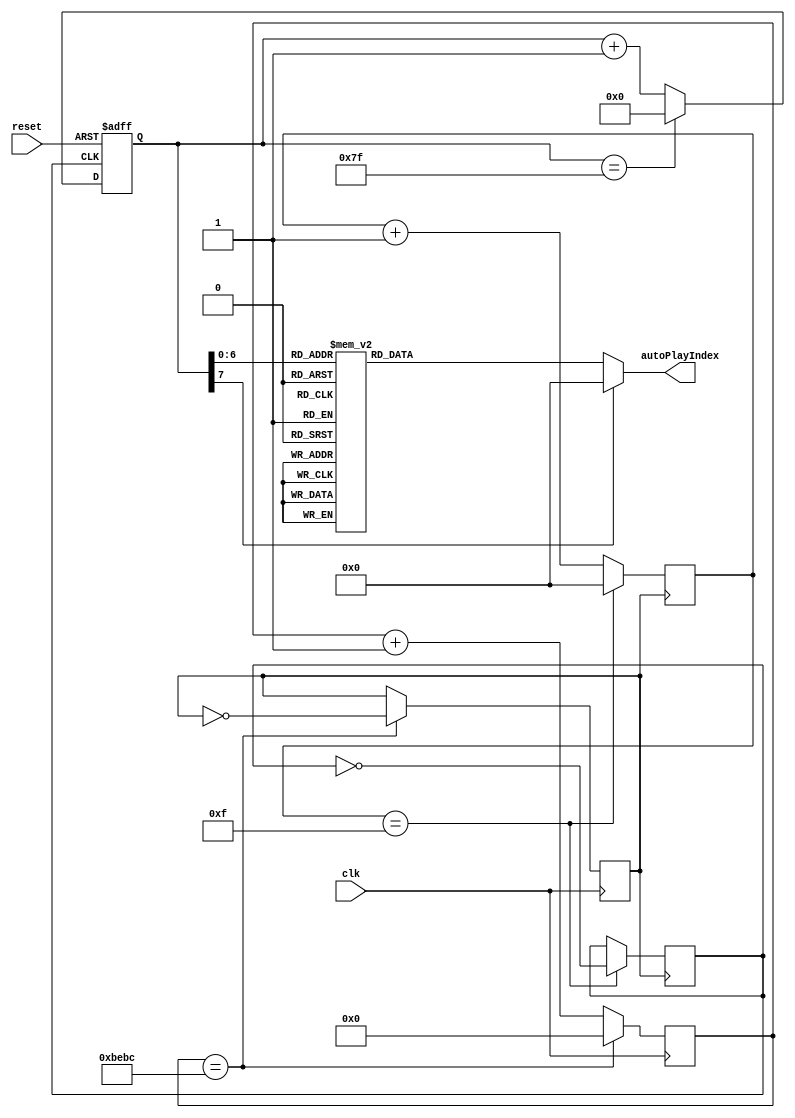
module autoPlay(reset, clk, autoPlayIndex);
input reset, clk; //50MHz
output reg [4:0] autoPlayIndex;

reg jiepai,clk1;
reg [4:0] j = 0;
reg [16:0] clkCount=0;
reg [7:0] count;

always @(posedge clk)begin
	if (clkCount == 48828)begin // 50MHz / 48828 = 1024
		clkCount = 0;
		clk1 = !clk1; //1024 / 2 = 512
		end
		else
			clkCount = clkCount + 1;
end

always @(posedge clk1)begin
	if (j == 15)begin // 512/ 16 = 32
	j <= 0;
	jiepai <= !jiepai; // 32/2 = 16
	end 
	else
		j <= j+1;
end

always @(posedge jiepai, negedge reset)begin
	if (!reset)
		count <= 0;
	else
	if (jiepai)
		if (count==127 )
			count<=0;
		else
			count<=count+1;
end

always @(count)begin // Canon
	case (count)
		0 : autoPlayIndex<=5'b11101; //55
		1 : autoPlayIndex<=5'b11101; //55
		2 : autoPlayIndex<=5'b11101; //55
		3 : autoPlayIndex<=5'b11101; //55
		4 : autoPlayIndex<=5'b11101; //55
		5 : autoPlayIndex<=5'b11101; //55
		6 : autoPlayIndex<=5'b11101; //55
		7 : autoPlayIndex<=5'b00000; //0
		8 : autoPlayIndex<=5'b11011; //33
		9 : autoPlayIndex<=5'b11011; //33
		10 : autoPlayIndex<=5'b11011; //33
		11 : autoPlayIndex<=5'b00000; //0
		12 : autoPlayIndex<=5'b11100; //44
		13 : autoPlayIndex<=5'b11100; //44 
		14 : autoPlayIndex<=5'b11100; //44
		15 : autoPlayIndex<=5'b00000; //0
		16 : autoPlayIndex<=5'b11101; //55
		17 : autoPlayIndex<=5'b11101; //55
		18 : autoPlayIndex<=5'b11101; //55
		19 : autoPlayIndex<=5'b11101; //55
		20 : autoPlayIndex<=5'b11101; //55
		21 : autoPlayIndex<=5'b11101; //55
		22 : autoPlayIndex<=5'b11101; //55
		23 : autoPlayIndex<=5'b00000; //0
		24 : autoPlayIndex<=5'b11011; //33
		25 : autoPlayIndex<=5'b11011; //33
		26 : autoPlayIndex<=5'b11011; //33
		27 : autoPlayIndex<=5'b00000; //0
		28 : autoPlayIndex<=5'b11100; //44
		29 : autoPlayIndex<=5'b11100; //44
		30 : autoPlayIndex<=5'b11100; //44
		31 : autoPlayIndex<=5'b00000; //0
		32 : autoPlayIndex<=5'b11101; //55
		33 : autoPlayIndex<=5'b11101; //55
		34 : autoPlayIndex<=5'b11101; //55
		35 : autoPlayIndex<=5'b00000; //0
		36 : autoPlayIndex<=5'b01101; //5
		37 : autoPlayIndex<=5'b01101; //5
		38 : autoPlayIndex<=5'b01101; //5
		39 : autoPlayIndex<=5'b00000; //0
		40 : autoPlayIndex<=5'b01110; //6
		41 : autoPlayIndex<=5'b01110; //6
		42 : autoPlayIndex<=5'b01110; //6
		43 : autoPlayIndex<=5'b00000; //0
		44 : autoPlayIndex<=5'b01111; //7
		45 : autoPlayIndex<=5'b01111; //7
		46 : autoPlayIndex<=5'b01111; //7
		47 : autoPlayIndex<=5'b00000; //0
		48 : autoPlayIndex<=5'b11001; //11
		49 : autoPlayIndex<=5'b11001; //11
		50 : autoPlayIndex<=5'b11001; //11
		51 : autoPlayIndex<=5'b00000; //0
		52 : autoPlayIndex<=5'b11010; //22
		53 : autoPlayIndex<=5'b11010; //22
		54 : autoPlayIndex<=5'b11010; //22
		55 : autoPlayIndex<=5'b00000; //0
		56 : autoPlayIndex<=5'b11011; //33
		57 : autoPlayIndex<=5'b11011; //33
		58 : autoPlayIndex<=5'b11011; //33
		59 : autoPlayIndex<=5'b00000; //0
		60 : autoPlayIndex<=5'b11100; //44
		61 : autoPlayIndex<=5'b11100; //44
		62 : autoPlayIndex<=5'b11100; //44
		63 : autoPlayIndex<=5'b00000; //0
		64 : autoPlayIndex<=5'b11011; //33
		65 : autoPlayIndex<=5'b11011; //33
		66 : autoPlayIndex<=5'b11011; //33
		67 : autoPlayIndex<=5'b11011; //33
		68 : autoPlayIndex<=5'b11011; //33
		69 : autoPlayIndex<=5'b11011; //33
		70 : autoPlayIndex<=5'b11011; //33
		71 : autoPlayIndex<=5'b00000; //0
		72 : autoPlayIndex<=5'b11001; //11 
		73 : autoPlayIndex<=5'b11001; //11
		74 : autoPlayIndex<=5'b11001; //11
		75 : autoPlayIndex<=5'b00000; //0
		76 : autoPlayIndex<=5'b11010; //22
		77 : autoPlayIndex<=5'b11010; //22
		78 : autoPlayIndex<=5'b11010; //22
		79 : autoPlayIndex<=5'b00000; //0
		80 : autoPlayIndex<=5'b11011; //33
		81 : autoPlayIndex<=5'b11011; //33
		82 : autoPlayIndex<=5'b11011; //33
		83 : autoPlayIndex<=5'b11011; //33
		84 : autoPlayIndex<=5'b11011; //33
		85 : autoPlayIndex<=5'b11011; //33
		86 : autoPlayIndex<=5'b11011; //33
		87 : autoPlayIndex<=5'b00000; //0
		88 : autoPlayIndex<=5'b01011; //3
		89 : autoPlayIndex<=5'b01011; //3
		90 : autoPlayIndex<=5'b01011; //3
		91 : autoPlayIndex<=5'b00000; //0
		92 : autoPlayIndex<=5'b01100; //4
		93 : autoPlayIndex<=5'b01100; //4
		94 : autoPlayIndex<=5'b01100; //4
		95 : autoPlayIndex<=5'b00000; //0
		96 : autoPlayIndex<=5'b01101; //5
		97 : autoPlayIndex<=5'b01101; //5
		98 : autoPlayIndex<=5'b01101; //5
		99 : autoPlayIndex<=5'b00000; //0
		100 : autoPlayIndex<=5'b01110; //6
		101 : autoPlayIndex<=5'b01110; //6
		102 : autoPlayIndex<=5'b01110; //6
		103 : autoPlayIndex<=5'b01100; //0
		104 : autoPlayIndex<=5'b01101; //5
		105 : autoPlayIndex<=5'b01101; //5
		106 : autoPlayIndex<=5'b01101; //5
		107 : autoPlayIndex<=5'b00000; //0
		108 : autoPlayIndex<=5'b01100; //4
		109 : autoPlayIndex<=5'b01100; //4
		110 : autoPlayIndex<=5'b01100; //4
		111 : autoPlayIndex<=5'b00000; //0
		112 : autoPlayIndex<=5'b01101; //5
		113 : autoPlayIndex<=5'b01101; //5
		114 : autoPlayIndex<=5'b01101; //5
		115 : autoPlayIndex<=5'b00000; //0
		116 : autoPlayIndex<=5'b01011; //3
		117 : autoPlayIndex<=5'b01011; //3
		118 : autoPlayIndex<=5'b01011; //3
		119 : autoPlayIndex<=5'b00000; //0
		120 : autoPlayIndex<=5'b01100; //4
		121 : autoPlayIndex<=5'b01100; //4
		123 : autoPlayIndex<=5'b01100; //4
		124 : autoPlayIndex<=5'b00000; //0
		125 : autoPlayIndex<=5'b01101; //5
		126 : autoPlayIndex<=5'b01101; //5
		127 : autoPlayIndex<=5'b01101; //5
		default : autoPlayIndex<=0;
	endcase
end

endmodule